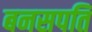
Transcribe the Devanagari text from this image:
बनसपति